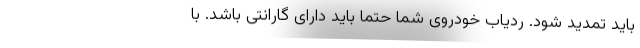
باید تمدید شود. ردیاب خودروی شما حتما باید دارای گارانتی باشد. با